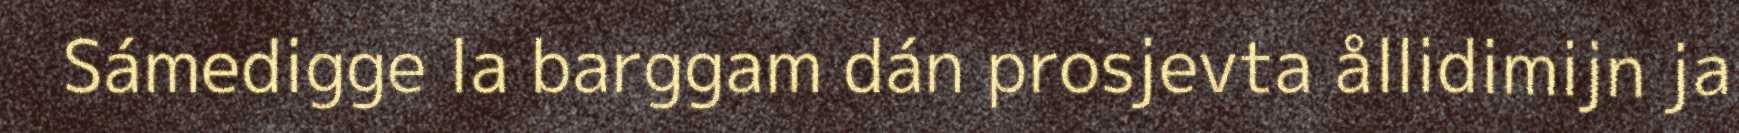
Sámedigge la barggam dán prosjevta ållidimijn ja